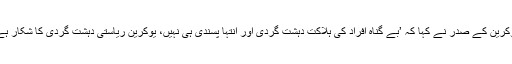
یوکرین کے صدر نے کہا کہ ’بے گناہ افراد کی ہلاکت دہشت گردی اور انتہا پسندی ہی نہیں، یوکرین ریاستی دہشت گردی کا شکار ہے۔